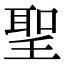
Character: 聖